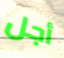
أجل